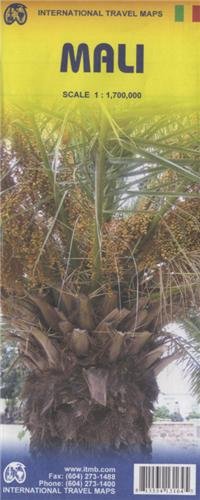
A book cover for Mali 1:1,700,000 Travel Map (International Travel Maps); ITM Canada; Travel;